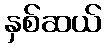
နှစ်ဆယ်